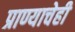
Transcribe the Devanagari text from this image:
प्राण्याचेही